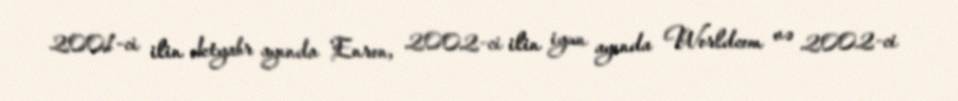
2001-ci ilin oktyabr ayında Enron, 2002-ci ilin iyun ayında Worldcom və 2002-ci